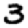
Digit: 3